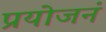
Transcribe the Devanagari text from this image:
प्रयोजनं